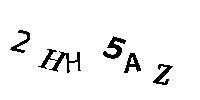
2HH5AZ